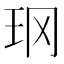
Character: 𱮴